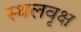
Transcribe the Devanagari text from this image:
स्थलवृक्ष